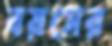
বয়সের